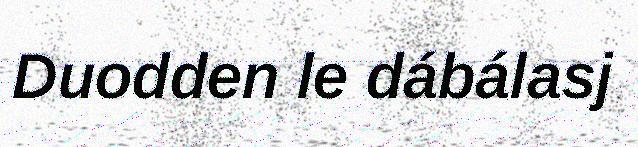
Duodden le dábálasj